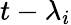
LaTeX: t-\lambda_{i}